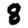
Digit: 8